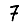
Digit: 7